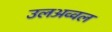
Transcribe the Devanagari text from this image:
उलअव्वल